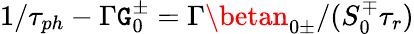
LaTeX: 1/\tau_{ph}-\Gamma\mathtt{G}_{0}^{\pm}=\Gamma\betan_{0\pm}/(S_{0}^{\mp}\tau_{r})